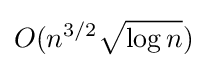
O(n^{3/2}{\sqrt {\log n}})